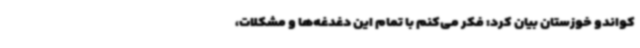
کواندو خوزستان بیان کرد: فکر می‌کنم با تمام این دغدغه‌ها و مشکلات،